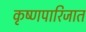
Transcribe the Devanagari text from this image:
कृष्णपारिजात